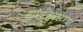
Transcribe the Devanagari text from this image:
सामाजिकरित्या